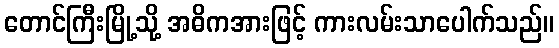
တောင်ကြီးမြို့သို့ အဓိကအားဖြင့် ကားလမ်းသာပေါက်သည်။